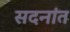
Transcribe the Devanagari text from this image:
सदनांत